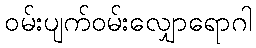
ဝမ်းပျက်ဝမ်းလျှောရောဂါ